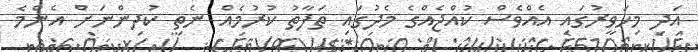
އަދި މިހަވީރުގައި އެއްވެސް ކުއްޖެއްގެ މެދުގައި ތަފާތު ކުރުމެއް ނެތި ކުދިންނަށް އެންމެ